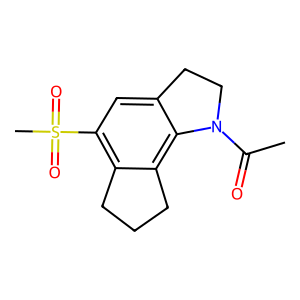
SMILES: CC(=O)N1CCc2cc(S(C)(=O)=O)c3c(c21)CCC3
Inhibits HIV replication: No